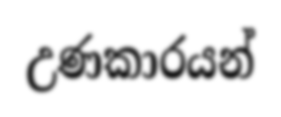
උණකාරයන්